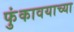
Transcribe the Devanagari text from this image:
फुंकावयाच्या